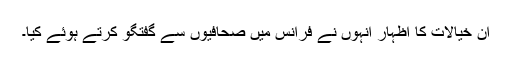
ان خیالات کا اظہار انہوں نے فرانس میں صحافیوں سے گفتگو کرتے ہوئے کیا۔